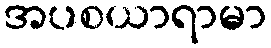
အပစယာရာမာ